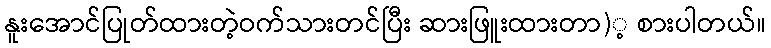
နူးအောင်ပြုတ်ထားတဲ့ဝက်သားတင်ပြီး ဆားဖြူးထားတာ)့ စားပါတယ်။